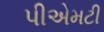
પીએમટી